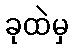
ခုထဲမှ